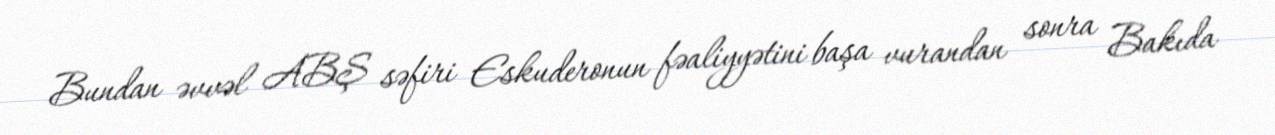
Bundan əvvəl ABŞ səfiri Eskuderonun fəaliyyətini başa vurandan sonra Bakıda